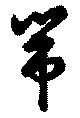
帯